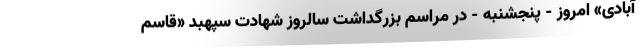
آبادی» امروز - پنجشنبه - در مراسم بزرگداشت سالروز شهادت سپهبد «قاسم